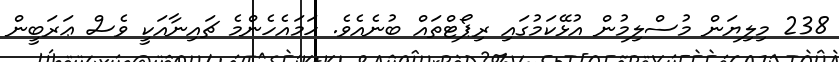
238 މިލިޔަން މުސްލިމުން އުޅޭކަމުގައި ރިޕޯޓްތައް ބުނެއެވެ. ހަމައެހެންމެ ޗައިނާއަކީ ވެސް ޢަރަބީން